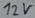
Text: 12V